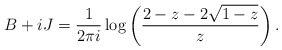
\begin{align*}B+iJ=\frac1{2\pi i}\log\left(\frac{2-z-2\sqrt{1-z}}z\right).\end{align*}